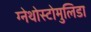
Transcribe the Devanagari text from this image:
ग्नेथोस्टोमुलिडा